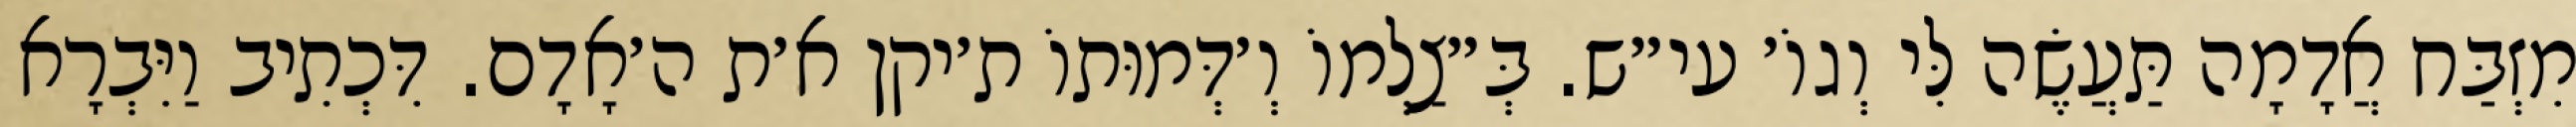
מִזְבַּח אֲדָמָה תַּעֲשֶׂה לִּי וְגוֹ׳ עי״ש. בְּ״צַלְמוֹ וְ׳דְּמוּתוֹ ת׳יקן א׳ת ה׳אָדָם. דִּכְתִיב וַיִּבְרָא